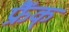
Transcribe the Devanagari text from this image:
फ्रैंक्